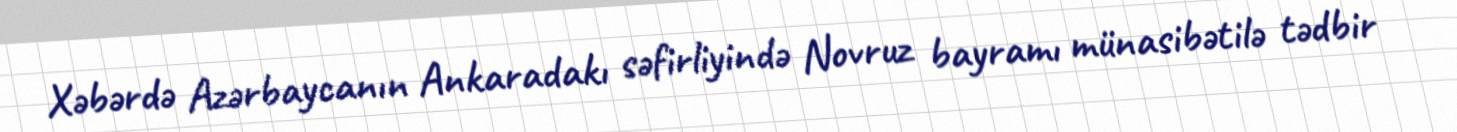
Xəbərdə Azərbaycanın Ankaradakı səfirliyində Novruz bayramı münasibətilə tədbir